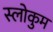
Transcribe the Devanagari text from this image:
स्लोकुम